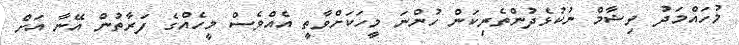
މުހައްމަދު ވިޝާމް ނުކުޅެދުންތެރިކަން ހުންނަ މީހަކަށްވާތީ އެއްވެސް މީހެއްގެ ފަރާތުން އޭނާ އަށް